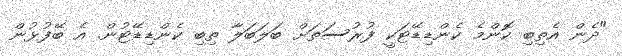
"ދެން އެތިބި ކޮންމެ ކެންޑިޑޭޓަކީ ފުރުސަތަށް ބަލަބަލާ ތިބި ކެންޑިޑޭޓުން. އެ ބޭފުޅުން